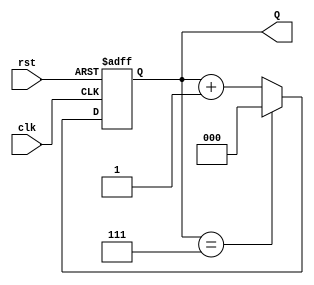
module binary_up_counter #(
    parameter N = 3  // Number of bits for the counter
)(
    input wire clk,   // Clock signal
    input wire rst,   // Asynchronous reset
    output reg [N-1:0] Q // Counter output
);

// Always block triggered on the rising edge of the clock or when reset is asserted
always @(posedge clk or posedge rst) begin
    if (rst) begin
        Q <= 0; // Reset the counter to 0
    end else begin
        if (Q == (1 << N) - 1) begin
            Q <= 0; // Wrap around to 0 when maximum value is reached
        end else begin
            Q <= Q + 1; // Increment the counter
        end
    end
end

endmodule